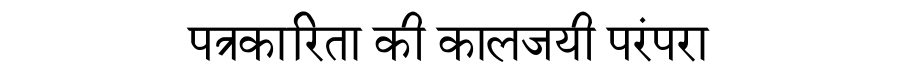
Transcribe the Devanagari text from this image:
पत्रकारिता की कालजयी परंपरा